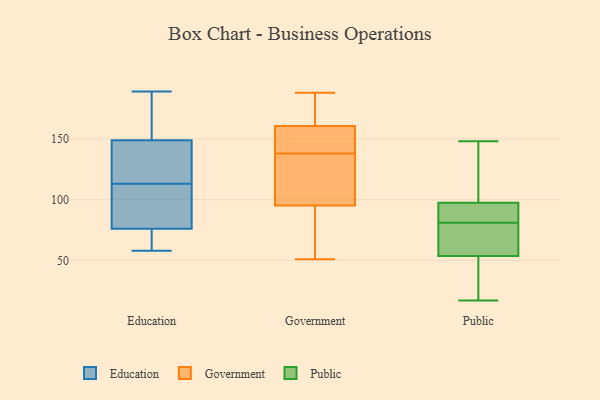
{"axis": {"x": "Tickets Resolved", "y": "Value"}, "legend": ["Education", "Government", "Public"], "data": [{"x": "", "y": 115, "type": "Education"}, {"x": "", "y": 146, "type": "Education"}, {"x": "", "y": 189, "type": "Education"}, {"x": "", "y": 73, "type": "Education"}, {"x": "", "y": 150, "type": "Education"}, {"x": "", "y": 85, "type": "Education"}, {"x": "", "y": 104, "type": "Education"}, {"x": "", "y": 155, "type": "Education"}, {"x": "", "y": 113, "type": "Education"}, {"x": "", "y": 58, "type": "Education"}, {"x": "", "y": 59, "type": "Education"}, {"x": "", "y": 54, "type": "Government"}, {"x": "", "y": 160, "type": "Government"}, {"x": "", "y": 159, "type": "Government"}, {"x": "", "y": 138, "type": "Government"}, {"x": "", "y": 113, "type": "Government"}, {"x": "", "y": 111, "type": "Government"}, {"x": "", "y": 90, "type": "Government"}, {"x": "", "y": 151, "type": "Government"}, {"x": "", "y": 188, "type": "Government"}, {"x": "", "y": 161, "type": "Government"}, {"x": "", "y": 51, "type": "Government"}, {"x": "", "y": 118, "type": "Government"}, {"x": "", "y": 86, "type": "Government"}, {"x": "", "y": 172, "type": "Government"}, {"x": "", "y": 170, "type": "Government"}, {"x": "", "y": 75, "type": "Public"}, {"x": "", "y": 55, "type": "Public"}, {"x": "", "y": 73, "type": "Public"}, {"x": "", "y": 81, "type": "Public"}, {"x": "", "y": 72, "type": "Public"}, {"x": "", "y": 128, "type": "Public"}, {"x": "", "y": 24, "type": "Public"}, {"x": "", "y": 17, "type": "Public"}, {"x": "", "y": 135, "type": "Public"}, {"x": "", "y": 93, "type": "Public"}, {"x": "", "y": 98, "type": "Public"}, {"x": "", "y": 33, "type": "Public"}, {"x": "", "y": 47, "type": "Public"}, {"x": "", "y": 129, "type": "Public"}, {"x": "", "y": 96, "type": "Public"}, {"x": "", "y": 82, "type": "Public"}, {"x": "", "y": 96, "type": "Public"}, {"x": "", "y": 148, "type": "Public"}, {"x": "", "y": 53, "type": "Public"}]}